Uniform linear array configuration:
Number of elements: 4
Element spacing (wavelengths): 0.25
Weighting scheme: kaiser
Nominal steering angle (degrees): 60
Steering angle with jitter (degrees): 60.368
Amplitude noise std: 0.05
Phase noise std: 0.05

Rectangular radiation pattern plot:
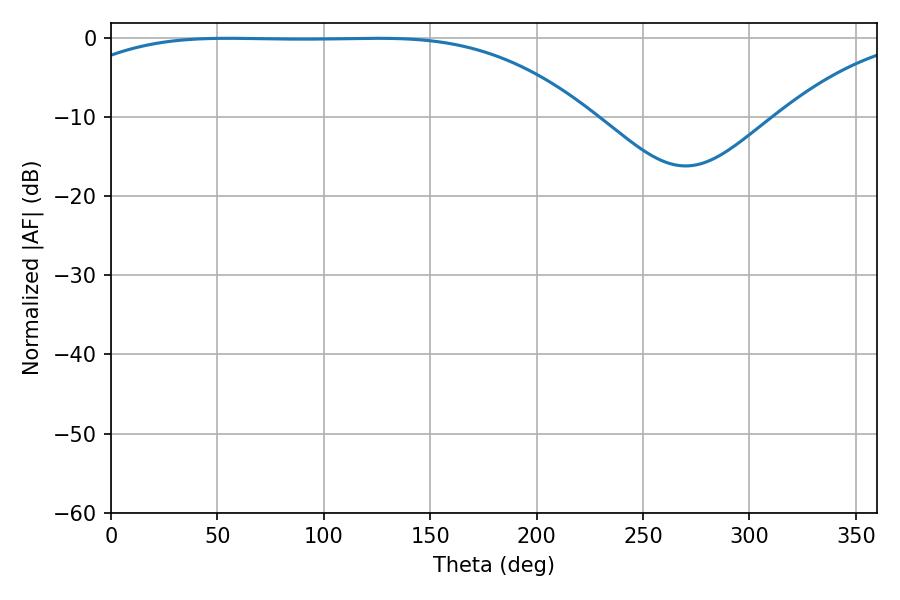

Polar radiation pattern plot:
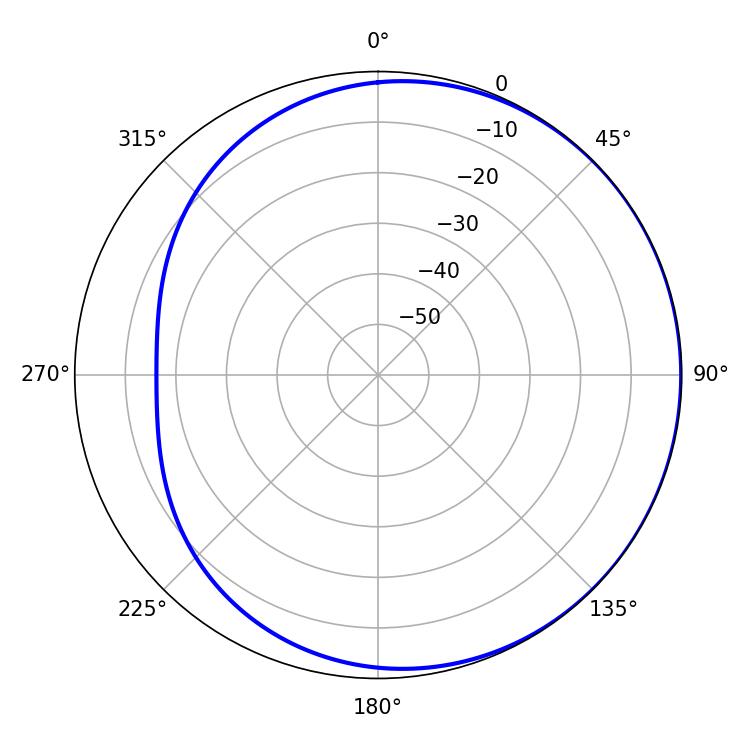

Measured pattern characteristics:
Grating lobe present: FALSE
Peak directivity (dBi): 0.6802
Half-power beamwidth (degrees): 188.1
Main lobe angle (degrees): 54.9